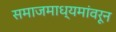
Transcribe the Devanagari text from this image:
समाजमाध्यमांवरून